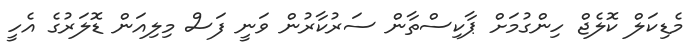
މެޑިކަލް ކޮލެޖް ހިންގުމަށް ޕާކިސްތާން ސަރުކާރުން ވަނީ ފަސް މިލިއަން ޑޮލަރުގެ އެހީ